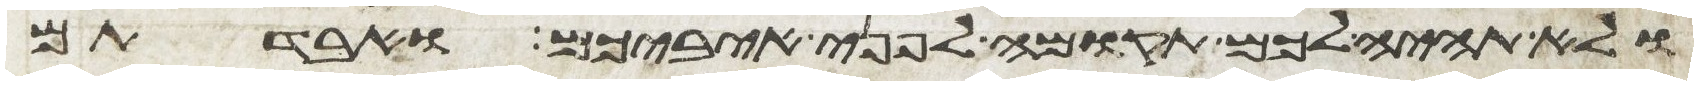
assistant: ולא תהיה לכם תקומה לפני איביכם ואבדתם